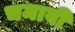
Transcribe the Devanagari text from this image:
चमावी